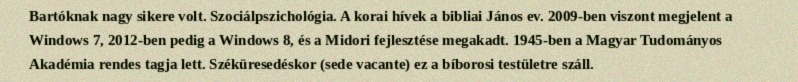
Bartóknak nagy sikere volt. Szociálpszichológia. A korai hívek a bibliai János ev. 2009-ben viszont megjelent a Windows 7, 2012-ben pedig a Windows 8, és a Midori fejlesztése megakadt. 1945-ben a Magyar Tudományos Akadémia rendes tagja lett. Széküresedéskor (sede vacante) ez a bíborosi testületre száll.